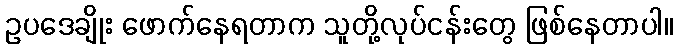
ဥပဒေချိုး ဖောက်နေရတာက သူတို့လုပ်ငန်းတွေ ဖြစ်နေတာပါ။